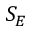
S _ { E }